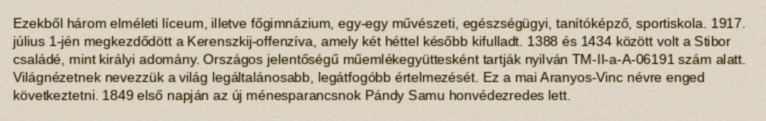
Ezekből három elméleti líceum, illetve főgimnázium, egy-egy művészeti, egészségügyi, tanítóképző, sportiskola. 1917. július 1-jén megkezdődött a Kerenszkij-offenzíva, amely két héttel később kifulladt. 1388 és 1434 között volt a Stibor családé, mint királyi adomány. Országos jelentőségű műemlékegyüttesként tartják nyilván TM-II-a-A-06191 szám alatt. Világnézetnek nevezzük a világ legáltalánosabb, legátfogóbb értelmezését. Ez a mai Aranyos-Vinc névre enged következtetni. 1849 első napján az új ménesparancsnok Pándy Samu honvédezredes lett.